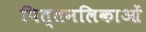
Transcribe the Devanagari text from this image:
पित्तनलिकाओं